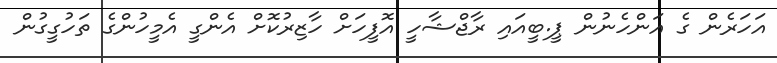
އަހަރެން ގެ އަންހެނުން ޕީ.ބީއައި ރާޖްޝާހީ އޮފީހަށް ހާޒިރުކޮށް އެންގީ އެމީހުންގެ ތަހުގީގުން